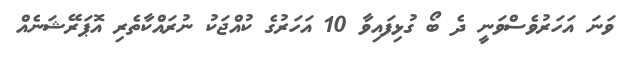
ވަނަ އަހަރުވެސްވަނީ ދެ ބޯ ގުޅިފައިވާ 10 އަހަރުގެ ކުއްޖަކު ނުރައްކާތެރި އޮޕަރޭޝަނެއް